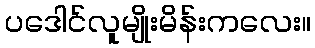
ပဒေါင်လူမျိုးမိန်းကလေး။